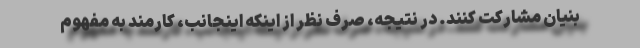
بنیان مشارکت کنند. در نتیجه، صرف نظر از اینکه اینجانب، کارمند به مفهوم